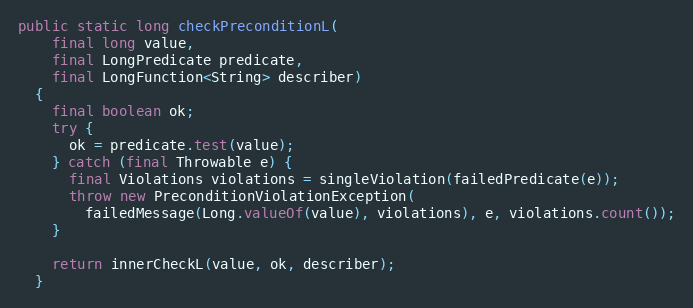
Language: Java
public static long checkPreconditionL(
    final long value,
    final LongPredicate predicate,
    final LongFunction<String> describer)
  {
    final boolean ok;
    try {
      ok = predicate.test(value);
    } catch (final Throwable e) {
      final Violations violations = singleViolation(failedPredicate(e));
      throw new PreconditionViolationException(
        failedMessage(Long.valueOf(value), violations), e, violations.count());
    }

    return innerCheckL(value, ok, describer);
  }